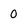
Character: 0